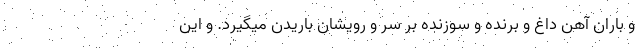
و باران آهن داغ و برنده و سوزنده بر سر و رویشان باریدن میگیرد. و این